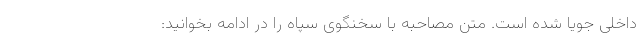
داخلی جویا شده است. متن مصاحبه با سخنگوی سپاه را در ادامه بخوانید: